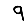
Digit: 9